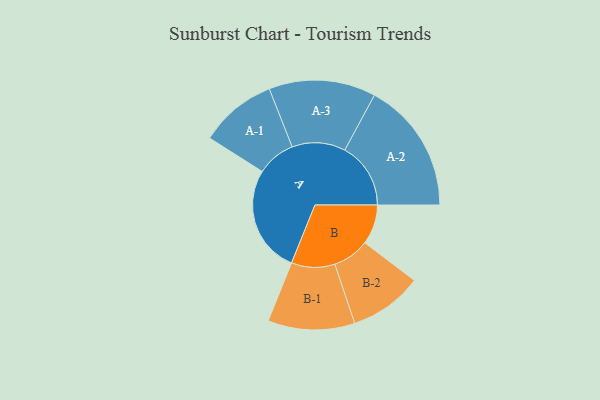
{"axis": {"x": "Segment", "y": "Value"}, "legend": ["", "A", "B"], "data": [{"x": "A", "y": 378, "type": ""}, {"x": "B", "y": 140, "type": ""}, {"x": "A-1", "y": 136, "type": "A"}, {"x": "A-2", "y": 232, "type": "A"}, {"x": "A-3", "y": 188, "type": "A"}, {"x": "B-1", "y": 153, "type": "B"}, {"x": "B-2", "y": 129, "type": "B"}]}